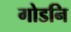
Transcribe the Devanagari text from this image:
गोडनि